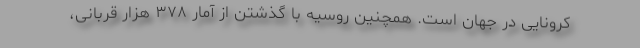
کرونایی در جهان است. همچنین روسیه با گذشتن از آمار ۳۷۸ هزار قربانی،